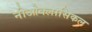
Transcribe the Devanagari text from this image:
नीओक्लासिकल